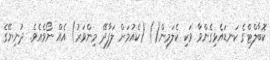
ކޮބާލްޓްގެ ކަނޑައެޅިގެންވާ ވަކި ކެލަމިން() (ކެއުމަށް ލަފާދޭ މިންވަރު) އެއް ނޯވެއެވެ. ދުނިޔޭގެ